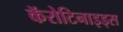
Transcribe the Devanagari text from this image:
कॅरोटिनाइड्स